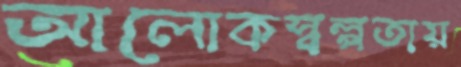
আলোকস্বল্পতায়